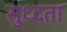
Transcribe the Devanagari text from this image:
सुध्दता